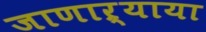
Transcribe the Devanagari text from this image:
जाणाऱ्याया